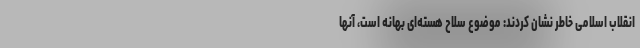
انقلاب اسلامی خاطر نشان کردند: موضوع سلاح هسته‌ای بهانه است، آنها